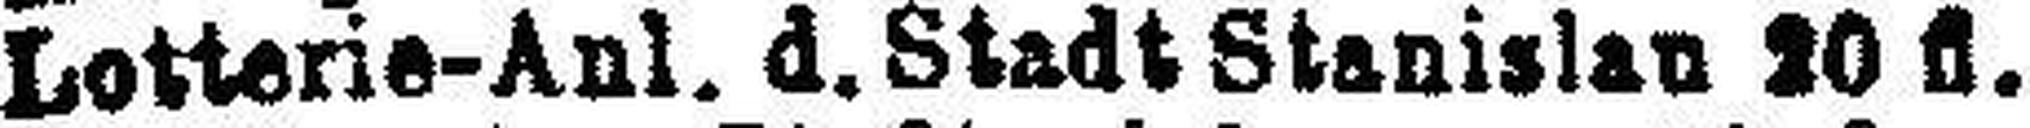
Lotterie-Anl. d. Stadt Stanislan 20 fl.